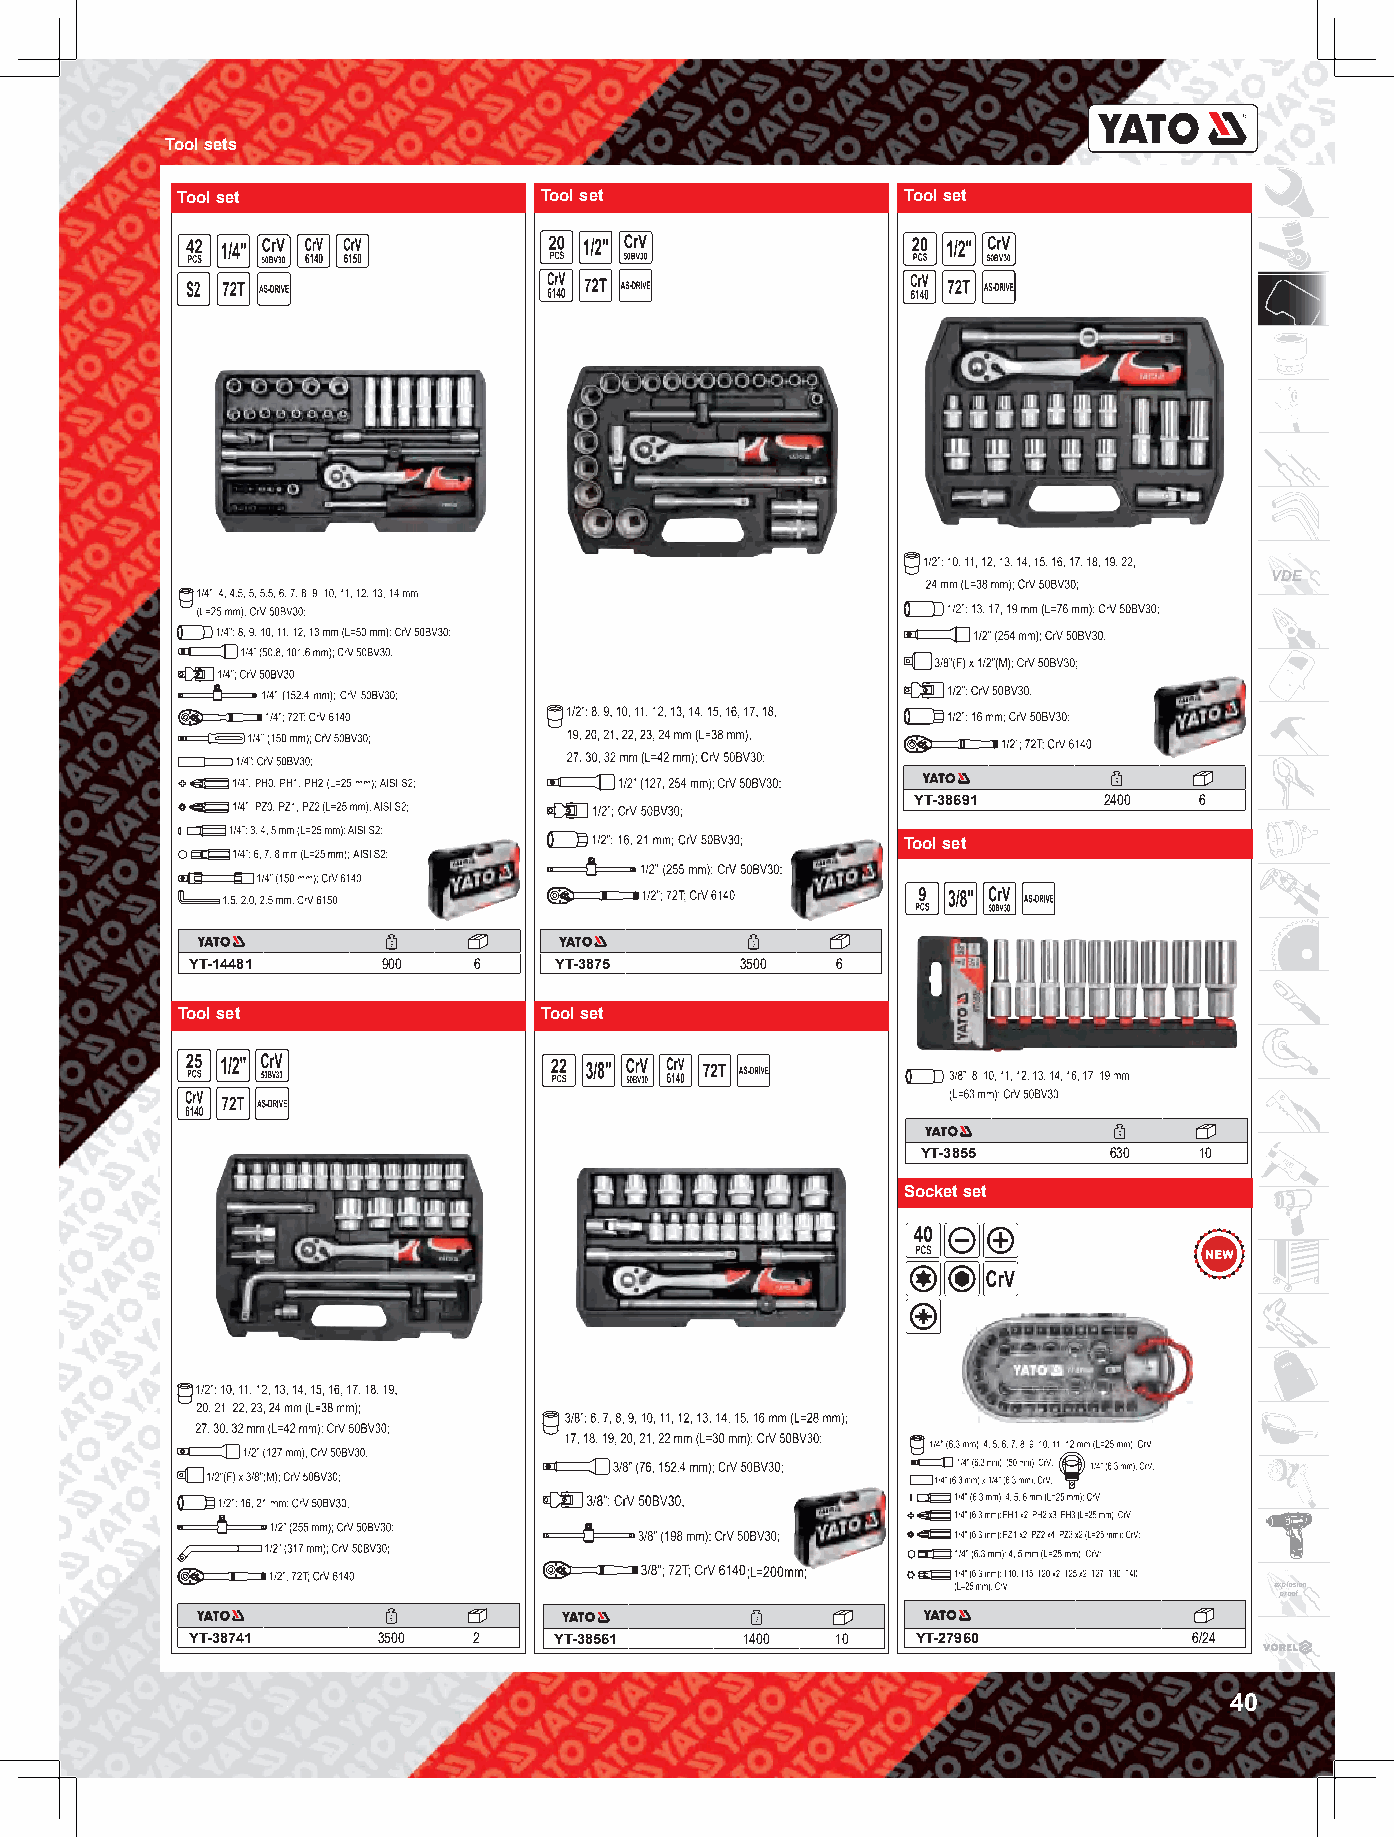
Tool sets
 Tool set                Tool set                Tool set
 VDE
 YT-38691    2400  6
 Tool set
 YT-14481    900   6     YT-3875     3500  6
 Tool set                Tool set
 YT-3855     630   10
 Socket set
 ;L=200mm;
 explosion
 proof
 YT-38741    3500  2     YT-38561    1400  10    YT-27960          6/24
 40